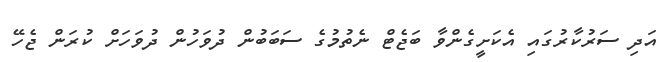
އަދި ސަރުކާރުގައި އެކަށީގެންވާ ބަޖެޓް ނެތުމުގެ ސަބަބުން ދުވަހުން ދުވަހަށް ކުރަން ޖެހޭ